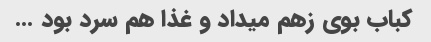
کباب بوی زهم میداد و غذا هم سرد بود …